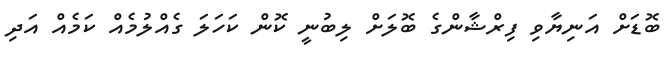
ބޮޑަަށް އަނިޔާވި ފިރްޝާންގެ ބޮލަށް ލިބުނީ ކޮން ކަހަލަ ގެއްލުމެއް ކަމެއް އަދި